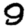
Digit: 9